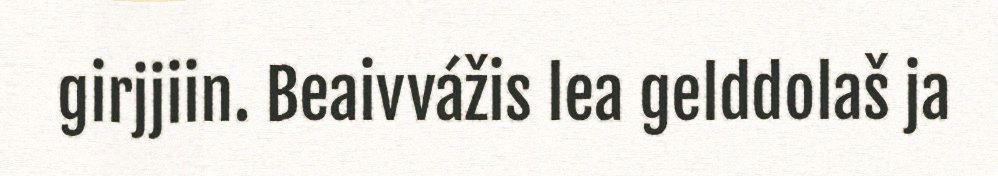
girjjiin. Beaivvážis lea gelddolaš ja